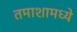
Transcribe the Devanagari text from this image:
तमाशामध्ये